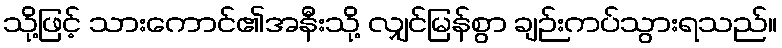
သို့ဖြင့် သားကောင်၏အနီးသို့ လျှင်မြန်စွာ ချဉ်းကပ်သွားရသည်။